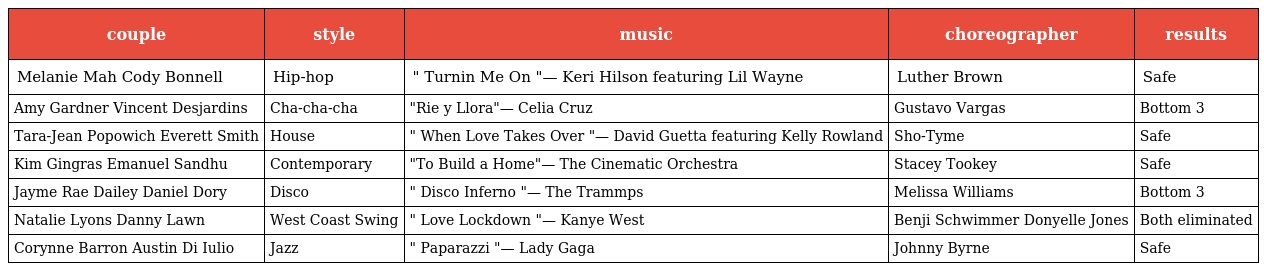
| couple | style | music | choreographer | results |
 | --- | --- | --- | --- | --- |
 | Melanie Mah Cody Bonnell | Hip-hop | " Turnin Me On "— Keri Hilson featuring Lil Wayne | Luther Brown | Safe |
 | Amy Gardner Vincent Desjardins | Cha-cha-cha | "Rie y Llora"— Celia Cruz | Gustavo Vargas | Bottom 3 |
 | Tara-Jean Popowich Everett Smith | House | " When Love Takes Over "— David Guetta featuring Kelly Rowland | Sho-Tyme | Safe |
 | Kim Gingras Emanuel Sandhu | Contemporary | "To Build a Home"— The Cinematic Orchestra | Stacey Tookey | Safe |
 | Jayme Rae Dailey Daniel Dory | Disco | " Disco Inferno "— The Trammps | Melissa Williams | Bottom 3 |
 | Natalie Lyons Danny Lawn | West Coast Swing | " Love Lockdown "— Kanye West | Benji Schwimmer Donyelle Jones | Both eliminated |
 | Corynne Barron Austin Di Iulio | Jazz | " Paparazzi "— Lady Gaga | Johnny Byrne | Safe |